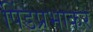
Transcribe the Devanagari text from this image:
पिंडप्रभाकर